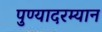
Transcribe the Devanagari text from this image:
पुण्यादरम्यान